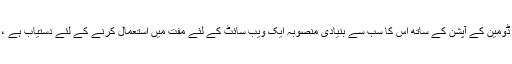
قیمتوں کا تعین کرنے کی بات ہے تو ، بغیر کسی کسٹم ڈومین کے آپشن کے ساتھ اس کا سب سے بنیادی منصوبہ ایک ویب سائٹ کے لئے مفت میں استعمال کرنے کے لئے دستیاب ہے ، جبکہ کسٹم ڈومین والے سستے منصوبے کی قیمت ہے۔